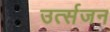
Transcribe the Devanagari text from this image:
उर्त्सजन